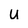
Character: U